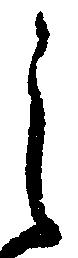
之